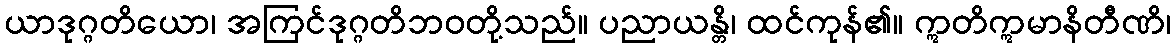
ယာဒုဂ္ဂတိယော၊ အကြင်ဒုဂ္ဂတိဘဝတို့သည်။ ပညာယန္တိ၊ ထင်ကုန်၏။ ဣတိဣမာနိတီဏိ၊